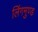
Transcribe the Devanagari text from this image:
लिंगमुण्ड